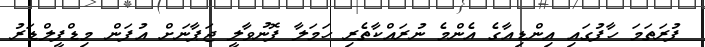
ފުރަތަމަ ހާފުގައި އިންޑިއާގެ އެންމެ ނުރައްކާތެރި ހަމަލާ ފޮނުވާލީ ޖަޕާނަށް އުފަން މިޑްފީލްޑަރު